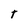
Character: t